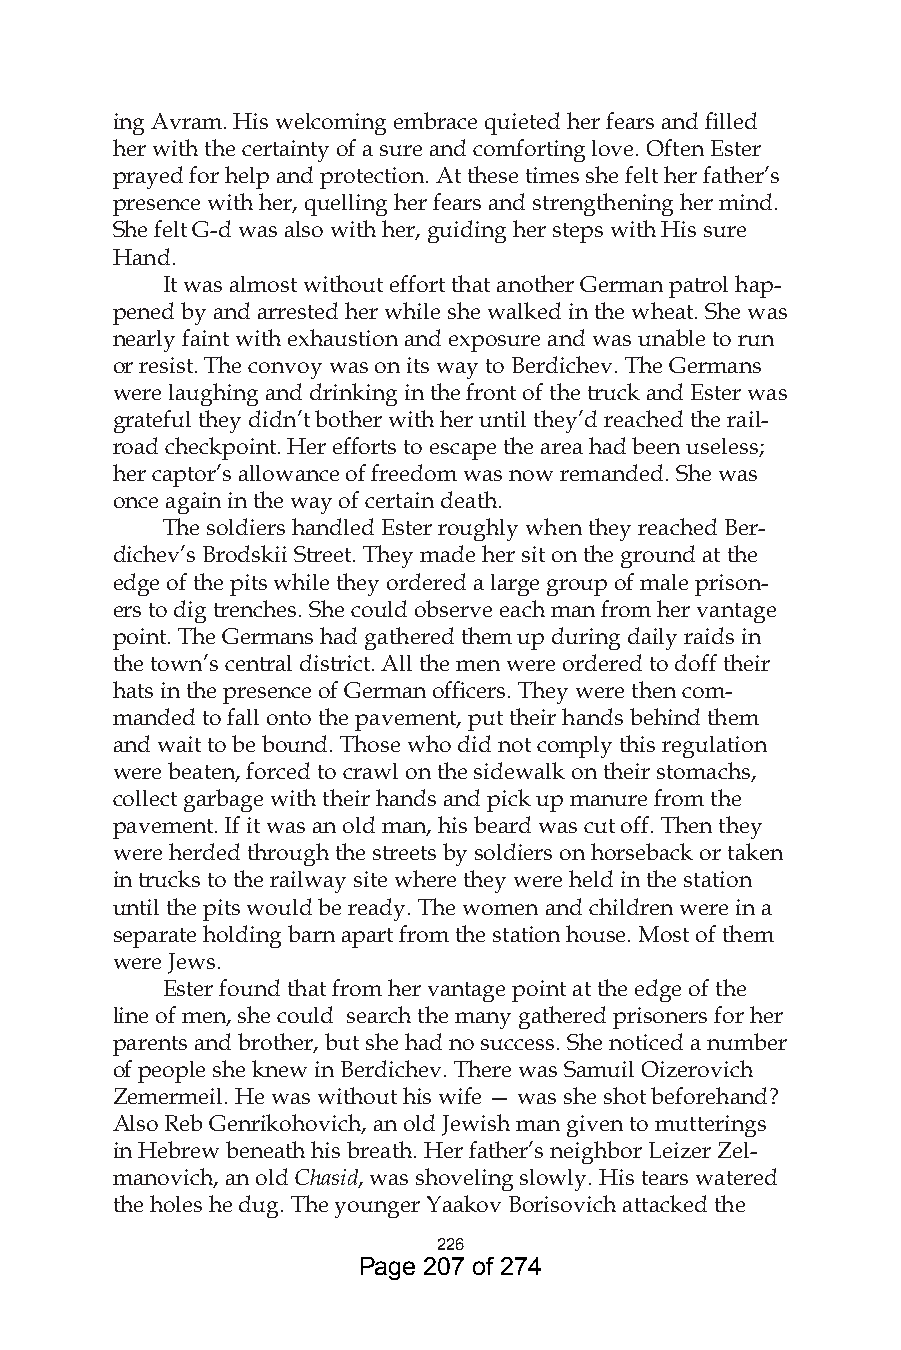
ing Avram. His welcoming embrace quieted her fears and filled
 her with the certainty of a sure and comforting love. Often Ester
 prayed for help and protection. At these times she felt her father’s
 presence with her, quelling her fears and strengthening her mind.
 She felt G-d was also with her, guiding her steps with His sure
 Hand.
 It was almost without effort that another German patrol hap-
 pened by and arrested her while she walked in the wheat. She was
 nearly faint with exhaustion and exposure and was unable to run
 or resist. The convoy was on its way to Berdichev. The Germans
 were laughing and drinking in the front of the truck and Ester was
 grateful they didn’t bother with her until they’d reached the rail-
 road checkpoint. Her efforts to escape the area had been useless;
 her captor’s allowance of freedom was now remanded. She was
 once again in the way of certain death.
 The soldiers handled Ester roughly when they reached Ber-
 dichev’s Brodskii Street. They made her sit on the ground at the
 edge of the pits while they ordered a large group of male prison-
 ers to dig trenches. She could observe each man from her vantage
 point. The Germans had gathered them up during daily raids in
 the town’s central district. All the men were ordered to doff their
 hats in the presence of German officers. They were then com-
 manded to fall onto the pavement, put their hands behind them
 and wait to be bound. Those who did not comply this regulation
 were beaten, forced to crawl on the sidewalk on their stomachs,
 collect garbage with their hands and pick up manure from the
 pavement. If it was an old man, his beard was cut off. Then they
 were herded through the streets by soldiers on horseback or taken
 in trucks to the railway site where they were held in the station
 until the pits would be ready. The women and children were in a
 separate holding barn apart from the station house. Most of them
 were Jews.
 Ester found that from her vantage point at the edge of the
 line of men, she could search the many gathered prisoners for her
 parents and brother, but she had no success. She noticed a number
 of people she knew in Berdichev. There was Samuil Oizerovich
 Zemermeil. He was without his wife — was she shot beforehand?
 Also Reb Genrikohovich, an old Jewish man given to mutterings
 in Hebrew beneath his breath. Her father’s neighbor Leizer Zel-
 manovich, an old Chasid, was shoveling slowly. His tears watered
 the holes he dug. The younger Yaakov Borisovich attacked the
 6
 Page 207 of 274